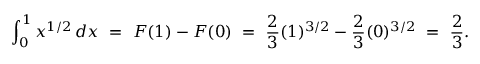
\int _ { 0 } ^ { 1 } x ^ { 1 / 2 } \, d x \ = \ F ( 1 ) - F ( 0 ) \ = \ { \frac { 2 } { 3 } } ( 1 ) ^ { 3 / 2 } - { \frac { 2 } { 3 } } ( 0 ) ^ { 3 / 2 } \ = \ { \frac { 2 } { 3 } } .